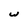
Character: w